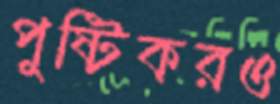
পুষ্টিকরও